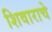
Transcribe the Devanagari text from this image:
शिवाराचे